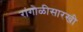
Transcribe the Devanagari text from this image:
रांगोळीसारखी